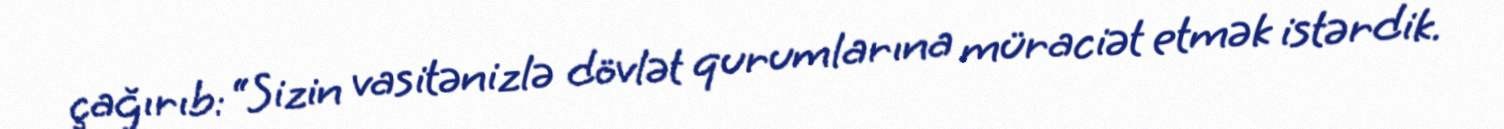
çağırıb: “Sizin vasitənizlə dövlət qurumlarına müraciət etmək istərdik.